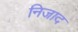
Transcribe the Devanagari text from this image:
निजाद